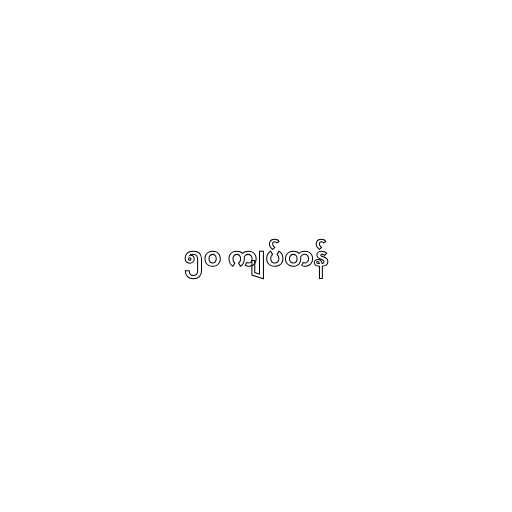
၅၀ ကျပ်တန်